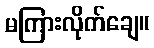
မကြားလိုက်ချေ။